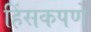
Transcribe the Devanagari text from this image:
हिंसकपणे